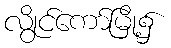
လွိုင်ကော်မြို့၌